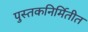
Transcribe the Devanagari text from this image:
पुस्तकनिर्मितीत